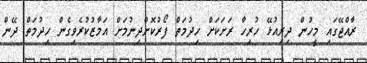
ރާއްޖޭގައި މީހުން ދިރިއުޅޭ ހުރިހާ ރަށަކަށް ހިދުމަތް ފޯރުކޮށްދިނުމަށް އަމާޒުކުރެވިގެން ހިދުމަތް ދޭން